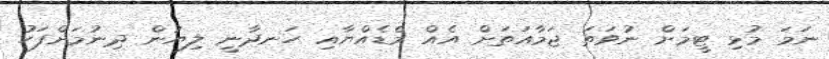
ނަމަ މުޅި ޓީމަށް ނުވަތަ ޖަމާއަތަށް އެއް މެޑެއްޔާއި ހަނދާނީ ލިޔުން ދިނުމަށްފަހު